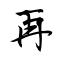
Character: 再